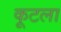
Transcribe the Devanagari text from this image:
कूटला